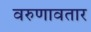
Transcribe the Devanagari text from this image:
वरुणावतार